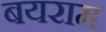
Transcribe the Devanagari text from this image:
बयराम